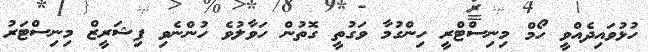
ހުޅުވައިދެއްވީ ހޯމް މިނިސްޓްރީ ހިންގުމާ ވަގުތީ ގޮތުން ހަވާލުވެ ހުންނެވި ފިޝަރީޒް މިނިސްޓަރު